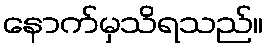
နောက်မှသိရသည်။